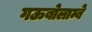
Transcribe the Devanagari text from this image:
गऊबोलाम्बे